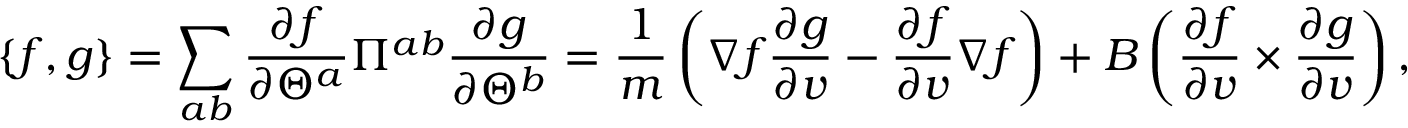
\{ f , g \} = \sum _ { a b } \frac { \partial f } { \partial \Theta ^ { a } } \Pi ^ { a b } \frac { \partial g } { \partial \Theta ^ { b } } = \frac { 1 } { m } \left( \nabla f \frac { \partial g } { \partial v } - \frac { \partial f } { \partial v } \nabla f \right) + B \left( \frac { \partial f } { \partial v } \times \frac { \partial g } { \partial v } \right) ,